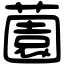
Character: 薗